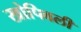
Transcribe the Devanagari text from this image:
खोपिवली